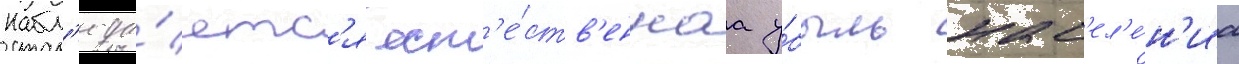
Набл'юда́етс'я ест'е́ств'еннаа у́быль нас'ел'е́н'иа